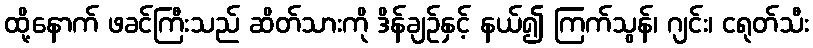
ထို့နောက် ဖခင်ကြီးသည် ဆိတ်သားကို ဒိန်ချဉ်နှင့် နယ်၍ ကြက်သွန်၊ ဂျင်း၊ ငရုတ်သီး